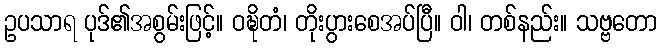
ဥပသာရ ပုဒ်၏အစွမ်းဖြင့်။ ဝဍ္ဎိတံ၊ တိုးပွားစေအပ်ပြီ။ ဝါ၊ တစ်နည်း။ သဗ္ဗတော